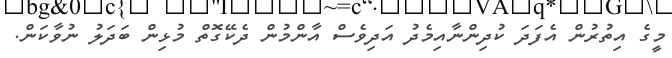
މީގެ އިތުރުން އެފަދަ ކުދިންނާއިމެދު އަދިވެސް އާންމުން ދެކޭގޮތް މުޅިން ބަދަލު ނުވާކަން.